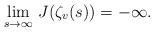
LaTeX: \begin{align*} \lim_{s \to \infty}\, J(\zeta_v(s)) = - \infty.\end{align*}